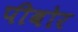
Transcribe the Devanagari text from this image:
पीबोर